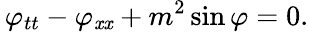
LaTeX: \, \varphi_{tt}-\varphi_{\mathit{x}\mathit{x}}+m^{2}\sin\varphi=0.